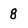
Character: 8